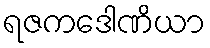
ရဇကဒေါဏိယာ